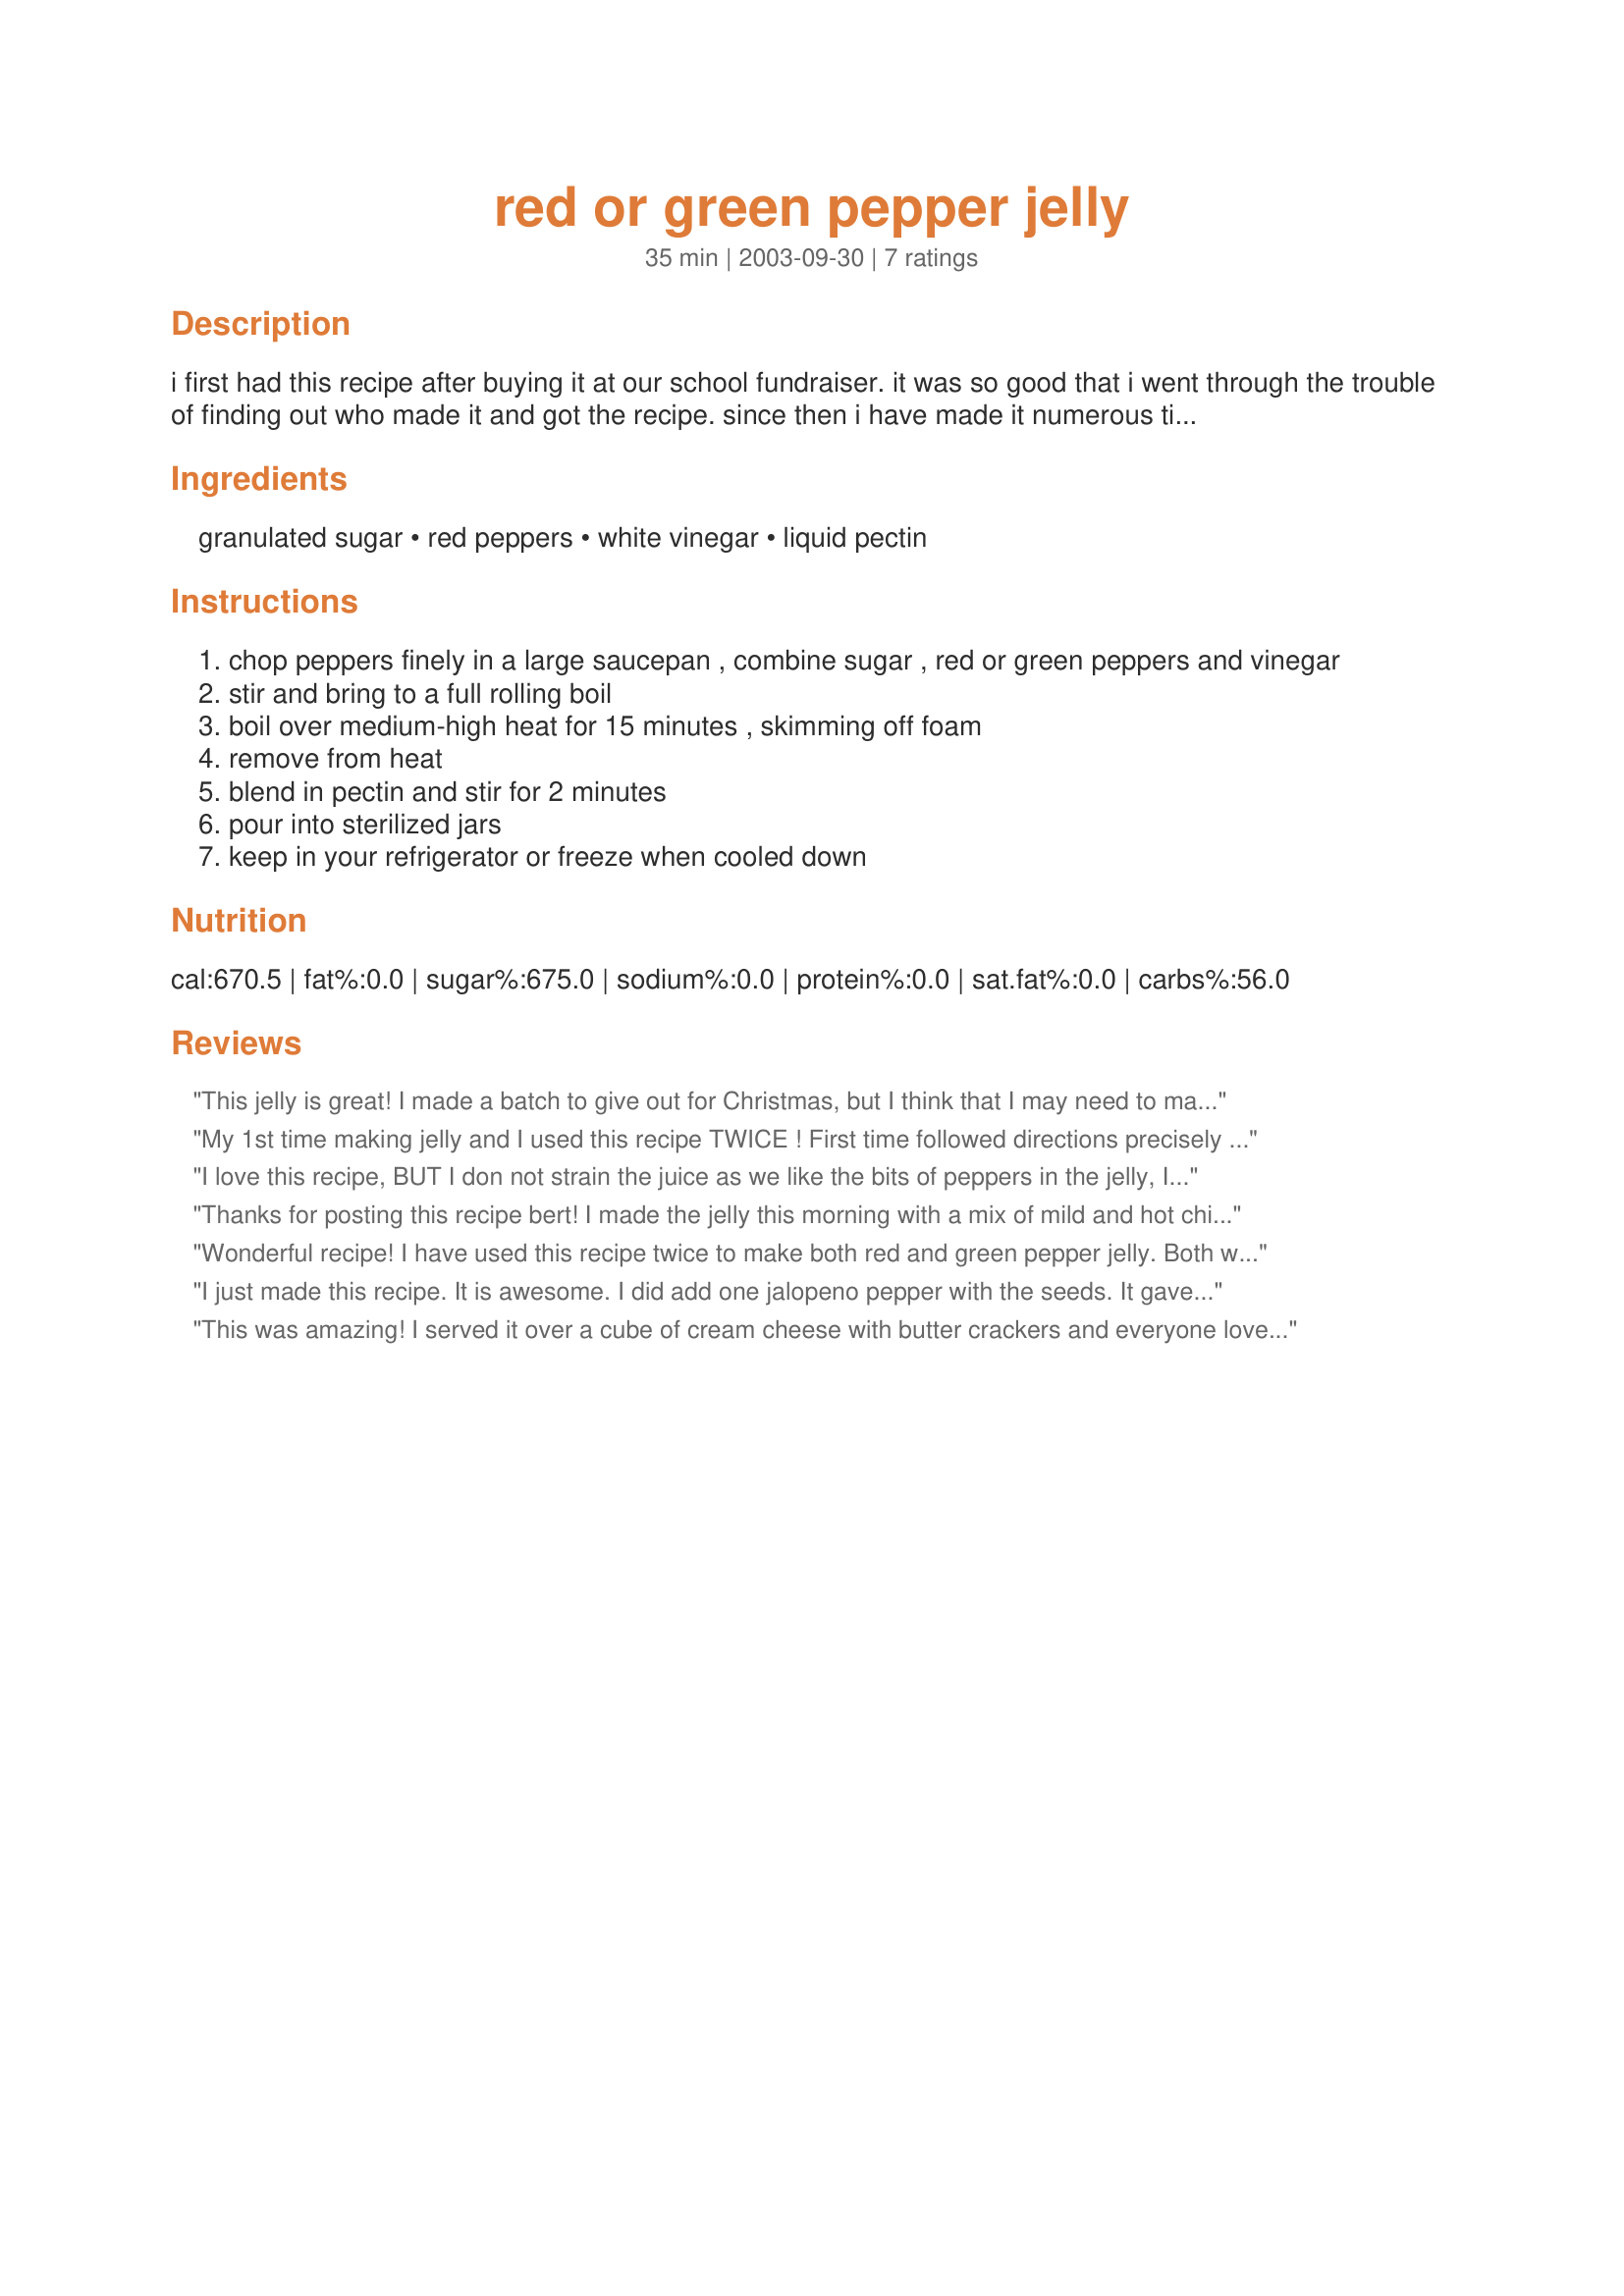
red or green pepper jelly
Preparation time: 35 minutes

i first had this recipe after buying it at our school fundraiser. it was so good that i went through the trouble of finding out who made it and got the recipe. since then i have made it numerous times and given away lots of little jars at christmas. it is delicious served with cream cheese and crackers. i am not absolutely sure of the yield, it could be more.

Ingredients:
granulated sugar, red peppers, white vinegar, liquid pectin

Steps:
chop peppers finely in a large saucepan , combine sugar , red or green peppers and vinegar
stir and bring to a full rolling boil
boil over medium-high heat for 15 minutes , skimming off foam
remove from heat
blend in pectin and stir for 2 minutes
pour into sterilized jars
keep in your refrigerator or freeze when cooled down

Reviews:
This jelly is great! I made a batch to give out for Christmas, but I think that I may need to make a 2nd batch just for us. I used 3 red bell peppers and 2 whole jalapenos (including seeds) to equal 2 cups, and 2 pouches of liquid pectin (85 ml each). I then processed them for 5 minutes. I yielded six 250ml (1 cup) jars and about 1/3-1/2 cup as a taster for us immediately. It has a nice heat to it and will go wonderfully with cream cheese or brie - I'm so looking forward to serving it. Thanks Bert for such a simple recipe.
My 1st time making jelly and I used this recipe TWICE ! First time followed directions precisely - perfectly delicious sweet jelly! I was so impressed with the ease and texture of this recipe I modified it with some items from another recipe for Rasp-Habanero Jelly on this site. So..2nd time I mixed it up by using one bag of frozen raspberries, thawed and squashed, and 5 Habanero peppers (veins/seeds removed), and then added to that red peppers to add up to the 2 cups required in this recipe. It worked WONDERFULLY and is super spicy and yummy! It's beautiful in a jar - looks just like deep raspberry jam. These'll be Christmas presents for sure! Both times it made 12- 4oz jars, with a bit left over for me to snack on. Thanks so much -! !! !
I love this recipe, BUT I don not strain the juice as we like the bits of peppers in the jelly, I guess you could call it Jam, I added garlic and jalepino peppers to spice it up
Thanks for posting this recipe bert! I made the jelly this morning with a mix of mild and hot chili peppers from my garden.
We had some with our lunch to top the cheese on sandwiches, and it is delicious. It was fun, easy and quick to make and it did make 6 small jars as stated.
These jars will make nice presents too!
Wonderful recipe! I have used this recipe twice to make both red and green pepper jelly. Both ways of making this are so tasty!
I just made this recipe. It is awesome. I did add one jalopeno pepper with the seeds. It gave the jelly a little kick. Next time I might add 2 jalopenos.
This was amazing! I served it over a cube of cream cheese with butter crackers and everyone loved it. It made a ton so it'd be great to put in jelly jars and give as a hostess gift. I will definitely make again, and may add 1-2 jalapenos to give it a little kick.
